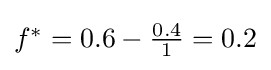
{\textstyle f^{*}=0.6-{\frac {0.4}{1}}=0.2}